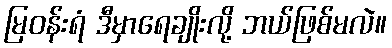
မြဝန်းရံ ဒီမှာရေချိုးလို့ ဘယ်ဖြစ်မလဲ။